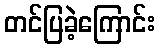
တင်ပြခဲ့ကြောင်း